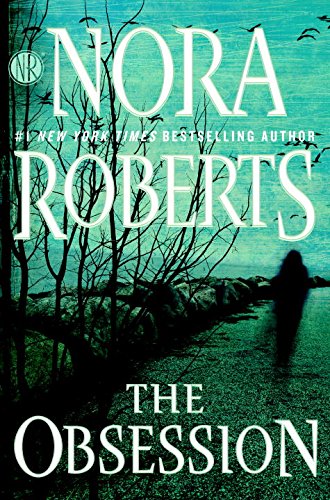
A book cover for The Obsession; Nora Roberts; Romance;